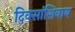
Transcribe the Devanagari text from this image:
दिवसांशिवाय